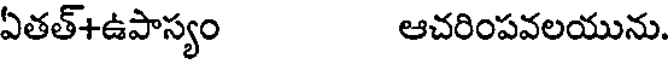
ఏతత్+ఉపాస్యం ఆచరింపవలయును.